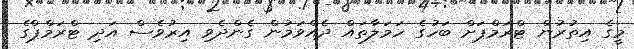
މީގެ އިތުރުން ޓްރަމްޕަށް ބަހުގެ ހަމަލާތައް ދެއްވަމުން ގެންދެވި އިރުވެސް އަދި ޓްރަމްޕްގެ